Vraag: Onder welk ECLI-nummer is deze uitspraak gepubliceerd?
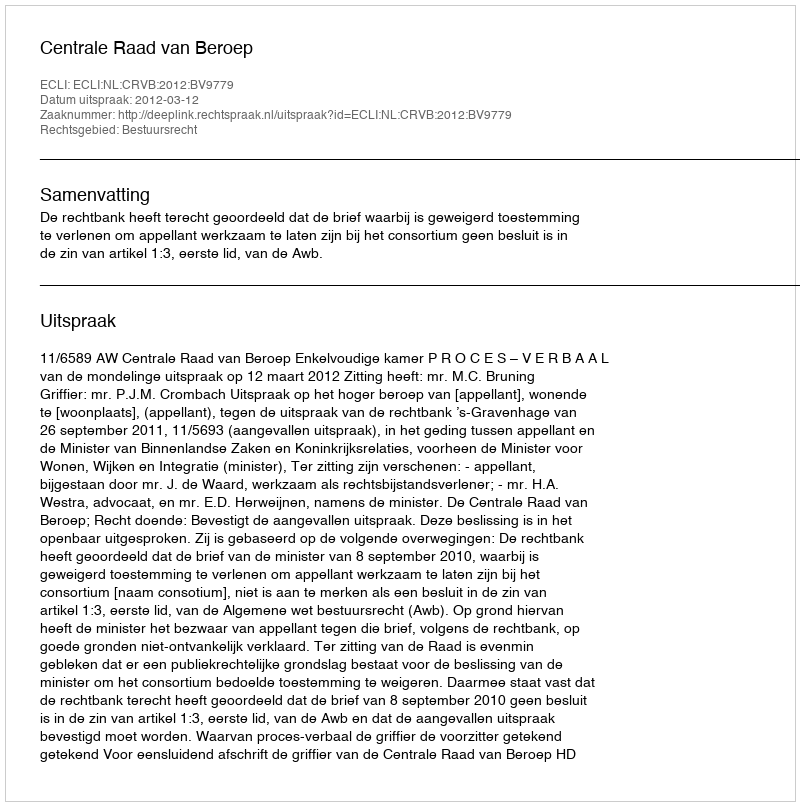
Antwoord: ECLI:NL:CRVB:2012:BV9779